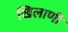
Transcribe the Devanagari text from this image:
खिलाणी